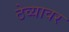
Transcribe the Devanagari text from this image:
ठेव्यावर